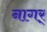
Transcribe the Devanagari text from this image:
नागर्